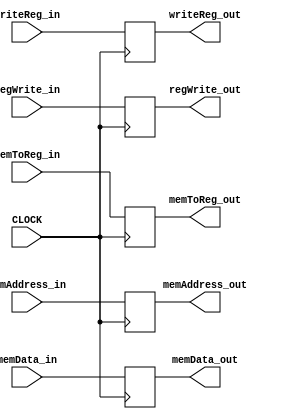
// This program was cloned from: https://github.com/ronitrex/ARMLEG
// License: GNU General Public License v3.0

`timescale 1ns / 1ps

module MEMWB
(
	input CLOCK,
	input [63:0] memAddress_in,
	input [63:0] memData_in,
	input [4:0] writeReg_in,
	input regWrite_in,
	input memToReg_in,
	output reg [63:0] memAddress_out,
	output reg [63:0] memData_out,
	output reg [4:0] writeReg_out,
	output reg regWrite_out,
	output reg memToReg_out
);

	always @(posedge CLOCK) begin
		regWrite_out <= regWrite_in;
		memToReg_out <= memToReg_in;
		memAddress_out <= memAddress_in;
		memData_out <= memData_in;
		writeReg_out <= writeReg_in;
	end
endmodule